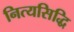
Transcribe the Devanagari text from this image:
नित्यसिद्धि